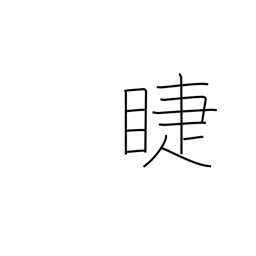
Meaning: eyelashes